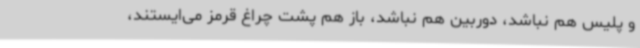
و پلیس هم نباشد، دوربین هم نباشد، باز هم پشت چراغ قرمز می‌ایستند،